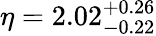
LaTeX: \eta=2.02_{-0.22}^{+0.26}